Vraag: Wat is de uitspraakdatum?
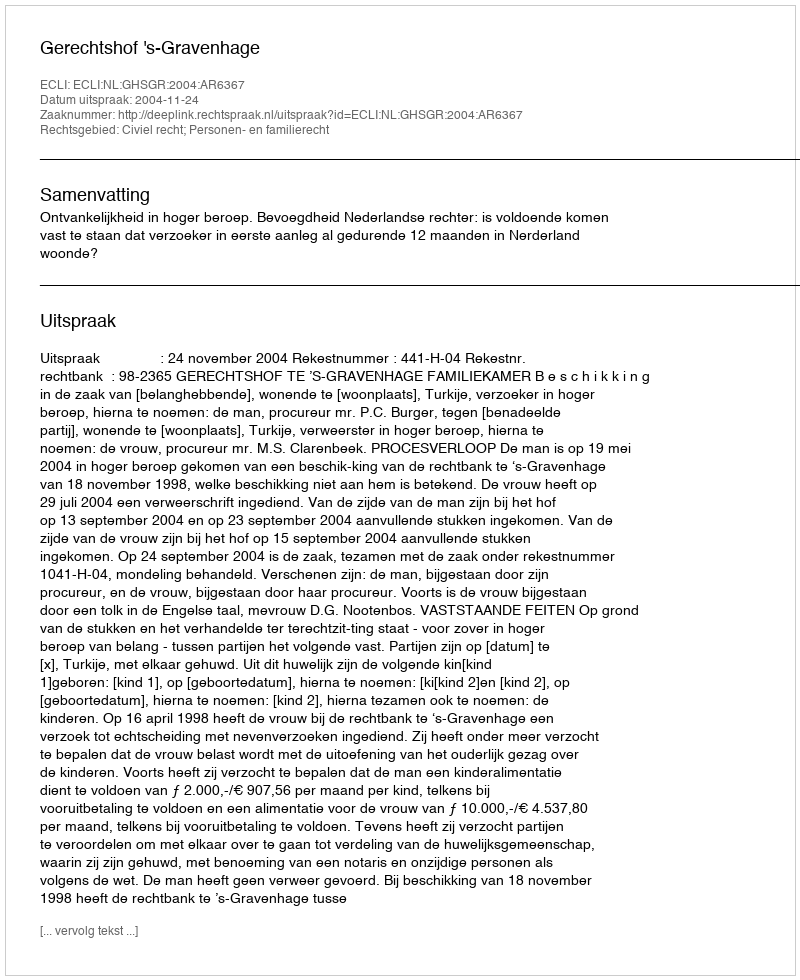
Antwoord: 2004-11-24